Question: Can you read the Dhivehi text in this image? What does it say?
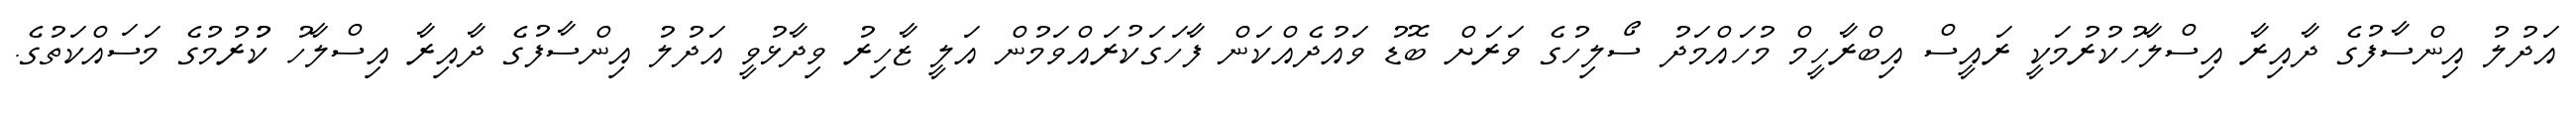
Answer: އަދުލު އިންސާފުގެ ދާއިރާ އިސްލާހުކުރުމަކީ ރައީސް އިބްރާހީމް މުހައްމަދު ސޯލިހުގެ ވަރަށް ބޮޑު ވައުދެއްކަން ފާހަގަކުރައްވަމުން އަލީ ޒާހިރު ވިދާޅުވީ އަދުލު އިންސާފުގެ ދާއިރާ އިސްލާހު ކުުރުމުގެ މަސައްކަތުގެ.